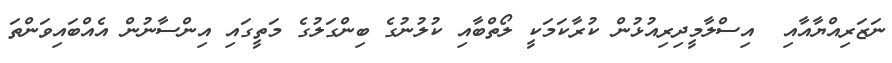
ނަޒަރިއްޔާއާއި  އިސްލާމީދިރިއުޅުން ކުރާކަމަކީ ލޯތްބާއި ކުލުނުގެ ބިންގަލުގެ މަތީގައި އިންސާނުން އެއްބައިވަންތަ